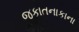
જકાતનાકાના